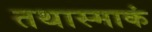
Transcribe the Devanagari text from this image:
तथास्माकं